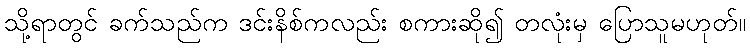
သို့ရာတွင် ခက်သည်က ဒင်းနိစ်ကလည်း စကားဆို၍ တလုံးမှ ပြောသူမဟုတ်။